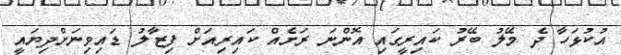
އުކުޅަހާ ދެ މޭލު ބޭރު ކައިރީގައި އޮންނަ ރަށެއް ކައިރިއަށް ފިޒާލު ޑައިވިނަށްދިޔައީ